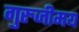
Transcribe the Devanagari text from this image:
गुरुजीमय